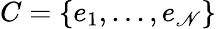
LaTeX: C=\{ e_{1},\ldots,e_{\mathscr{N}}\}